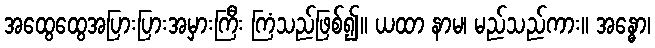
အထွေထွေအပြားပြားအမှားကြီး ကြံသည်ဖြစ်၍။ ယထာ နာမ၊ မည်သည်ကား။ အန္ဓော၊